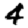
Digit: 4